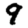
Digit: 9